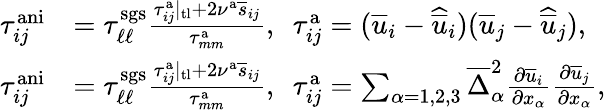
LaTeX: \begin{array}{rl}{\tau_{ij}^{\mathrm{ani}}}&{=\tau_{\ell\ell}^{\mathrm{sgs}}\frac{\tau_{ij}^{\mathrm{a}}|_{\mathrm{tl}}+2\nu^{\mathrm{a}}\overline{{s}}_{ij}}{\tau_{mm}^{\mathrm{a}}},\ \ \tau_{ij}^{\mathrm{a}}=(\overline{{u}}_{i}-\widehat{\overline{{u}}}_{i})(\overline{{u}}_{j}-\widehat{\overline{{u}}}_{j}),}\\ {\tau_{ij}^{\mathrm{ani}}}&{=\tau_{\ell\ell}^{\mathrm{sgs}}\frac{\tau_{ij}^{\mathrm{a}}|_{\mathrm{tl}}+2\nu^{\mathrm{a}}\overline{{s}}_{ij}}{\tau_{mm}^{\mathrm{a}}},\ \ \tau_{ij}^{\mathrm{a}}=\sum_{\alpha=1,2,3}\overline{{\Delta}}_{\alpha}^{2}\frac{\partial\overline{{u}}_{i}}{\partial x_{\alpha}}\frac{\partial\overline{{u}}_{j}}{\partial x_{\alpha}},}\end{array}